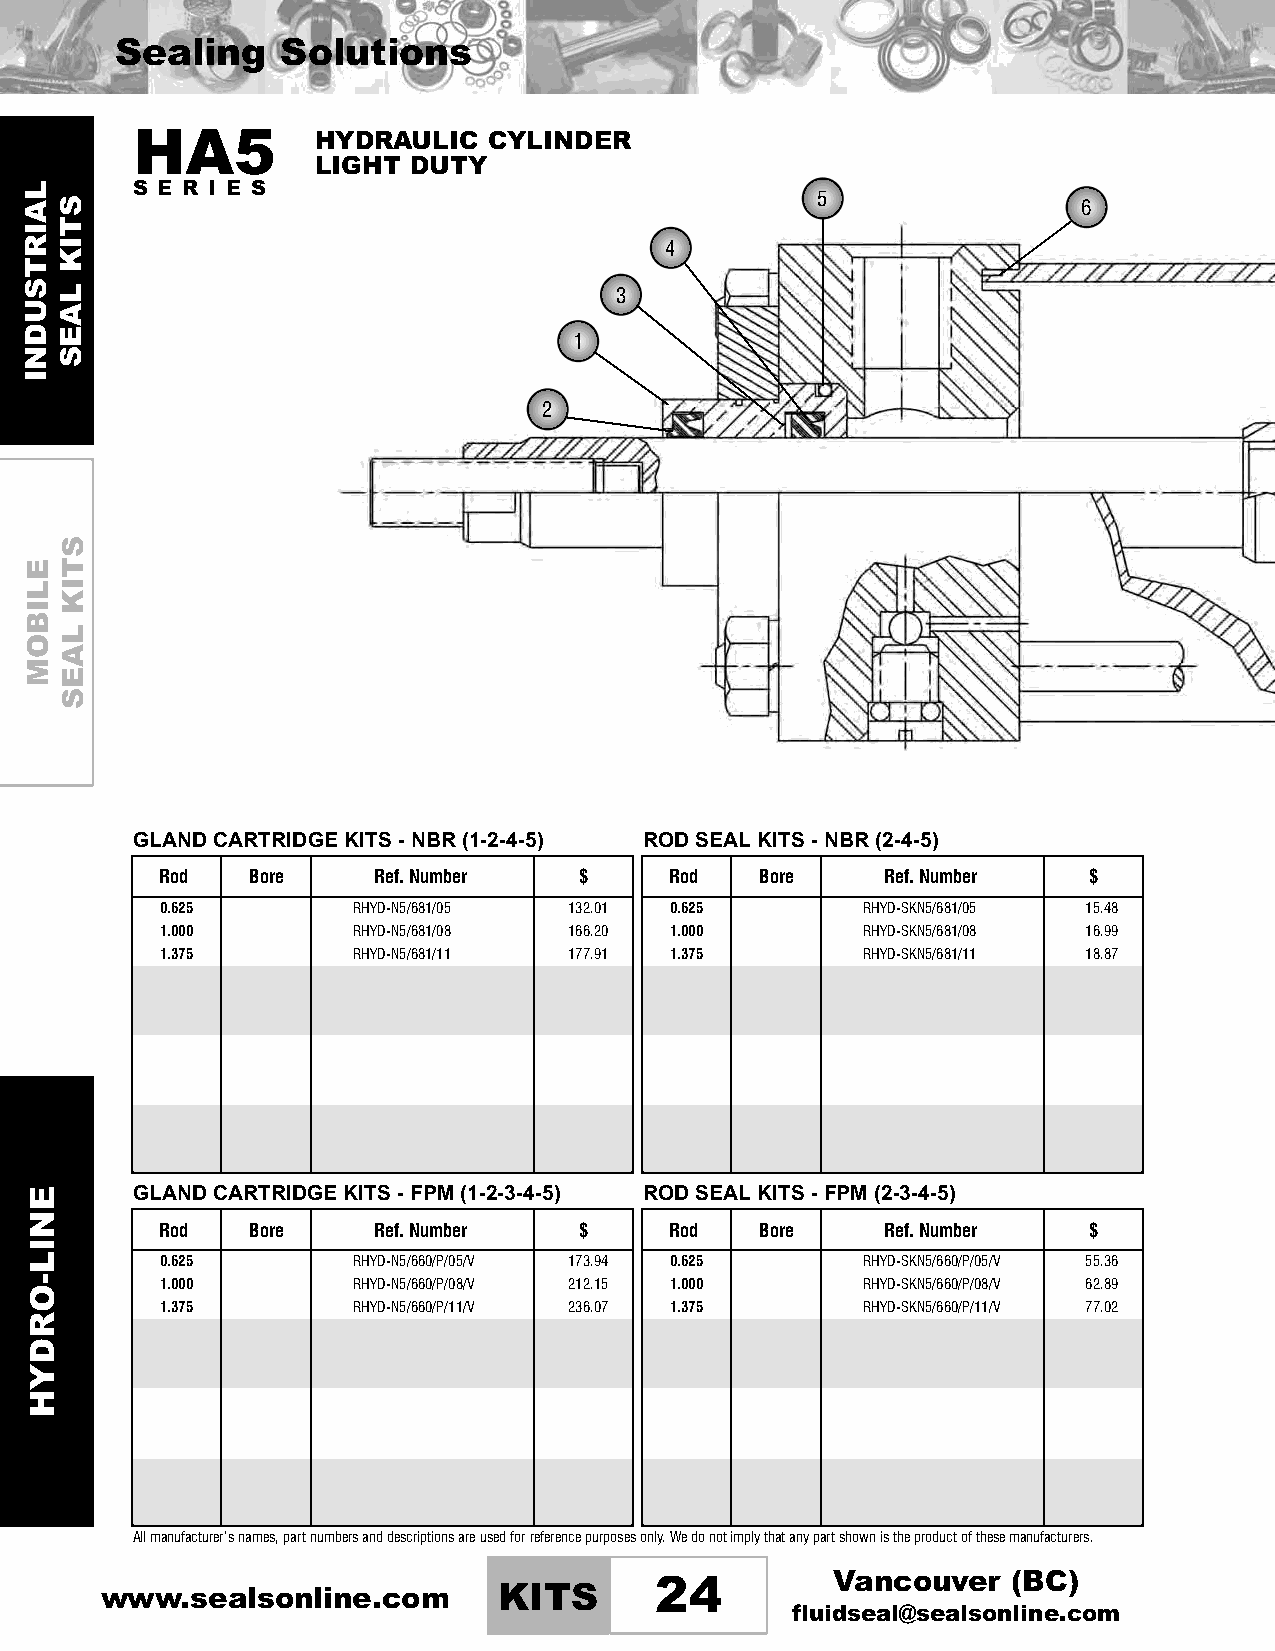
Sealing    Solutions
 HA5         HYDRAULIC  CYLINDER
 LIGHT DUTY
 S E R I E S                                  5                 6
 4
 3
 1
 2
 GLAND CARTRIDGE KITS - NBR (1-2-4-5) ROD SEALKITS - NBR (2-4-5)
 Rod   Bore    Ref.Number   $     Rod   Bore     Ref.Number   $
 0.625       RHYD-N5/681/05 132.01 0.625       RHYD-SKN5/681/05 15.48
 1.000       RHYD-N5/681/08 166.20 1.000       RHYD-SKN5/681/08 16.99
 1.375       RHYD-N5/681/11 177.91 1.375       RHYD-SKN5/681/11 18.87
 GLAND CARTRIDGE KITS - FPM (1-2-3-4-5) ROD SEALKITS - FPM (2-3-4-5)
 Rod   Bore    Ref.Number   $     Rod   Bore     Ref.Number   $
 0.625       RHYD-N5/660/P/05/V 173.94 0.625   RHYD-SKN5/660/P/05/V 55.36
 1.000       RHYD-N5/660/P/08/V 212.15 1.000   RHYD-SKN5/660/P/08/V 62.89
 1.375       RHYD-N5/660/P/11/V 236.07 1.375   RHYD-SKN5/660/P/11/V 77.02
 Allmanufacturer’snames,partnumbersanddescriptionsareusedforreferencepurposesonly.Wedonotimplythatanypartshownistheproductofthesemanufacturers.
 Vancouver   (BC)
 www.sealsonline.com       KITS      24
 fluidseal@sealsonline.com
 LAIRTSUDNI
 ELIBOM
 ENIL-ORDYH
 STIK
 LAES
 STIK
 LAES